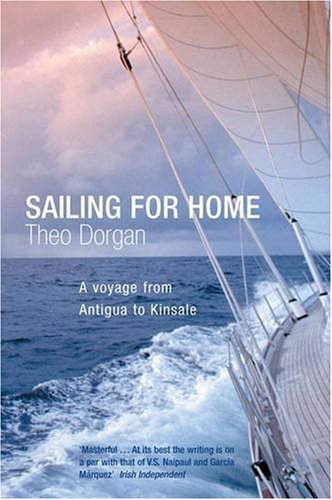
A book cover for Sailing For Home; Theo Dorgan; Travel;